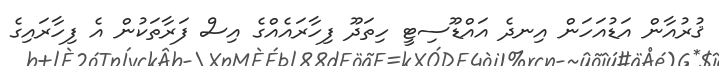
ޤުރުއާން އަޑުއަހަން އިނދެ އައްޑޫސިޓީ ހިތަދޫ ފިހާރައެއްގެ އިސް ފަރާތަކުން އެ ފިހާރައިގެ